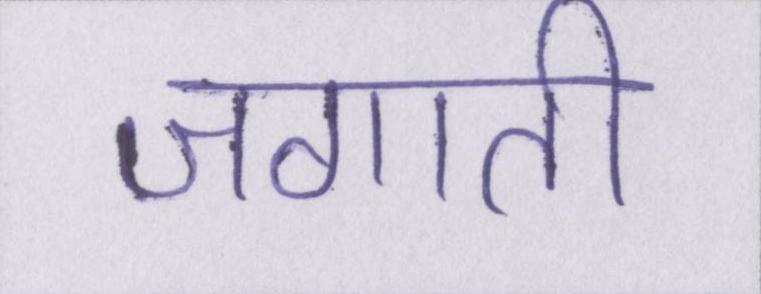
जगाती